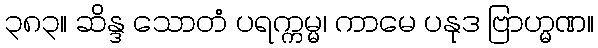
၃၈၃။ ဆိန္ဒ သောတံ ပရက္ကမ္မ၊ ကာမေ ပနုဒ ဗြာဟ္မဏ။